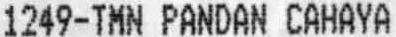
1249-TMN PANDAN CAHAYA